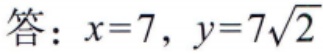
答：\(x = 7, y = 7\sqrt{2}\)